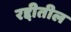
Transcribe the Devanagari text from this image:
रद्दीतील